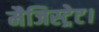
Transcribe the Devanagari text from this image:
मैजिस्ट्रेट।